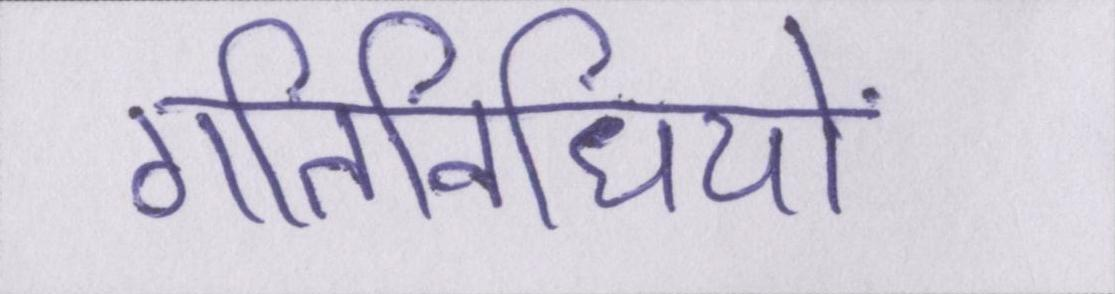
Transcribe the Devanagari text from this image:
गतिविधियों